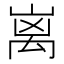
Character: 𮂬